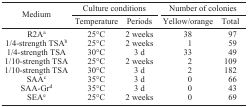
<table><thead><tr><td rowspan="3"><b>Medium</b></td><td colspan="2"><b>Culture conditions</b></td><td colspan="2"><b>Number of colonies</b></td></tr><tr><td><b>Temperature</b></td><td><b>Periods</b></td><td><b>Yellow/orange</b></td><td><b>Total</b></td></tr></thead><tbody><tr><td>R2Aa</td><td>25°C</td><td>2 weeks</td><td>38</td><td>97</td></tr><tr><td>1/4-strength TSAb</td><td>25°C</td><td>2 weeks</td><td>1</td><td>59</td></tr><tr><td>1/4-strength TSA</td><td>30°C</td><td>3 d</td><td>33</td><td>49</td></tr><tr><td>1/10-strength TSA</td><td>25°C</td><td>2 weeks</td><td>2</td><td>109</td></tr><tr><td>1/10-strength TSA</td><td>30°C</td><td>3 d</td><td>2</td><td>182</td></tr><tr><td>SAAc</td><td>35°C</td><td>3 d</td><td>0</td><td>66</td></tr><tr><td>SAA-Grd</td><td>35°C</td><td>3 d</td><td>0</td><td>43</td></tr><tr><td>SEAe</td><td>25°C</td><td>2 weeks</td><td>0</td><td>69</td></tr></tbody></table>